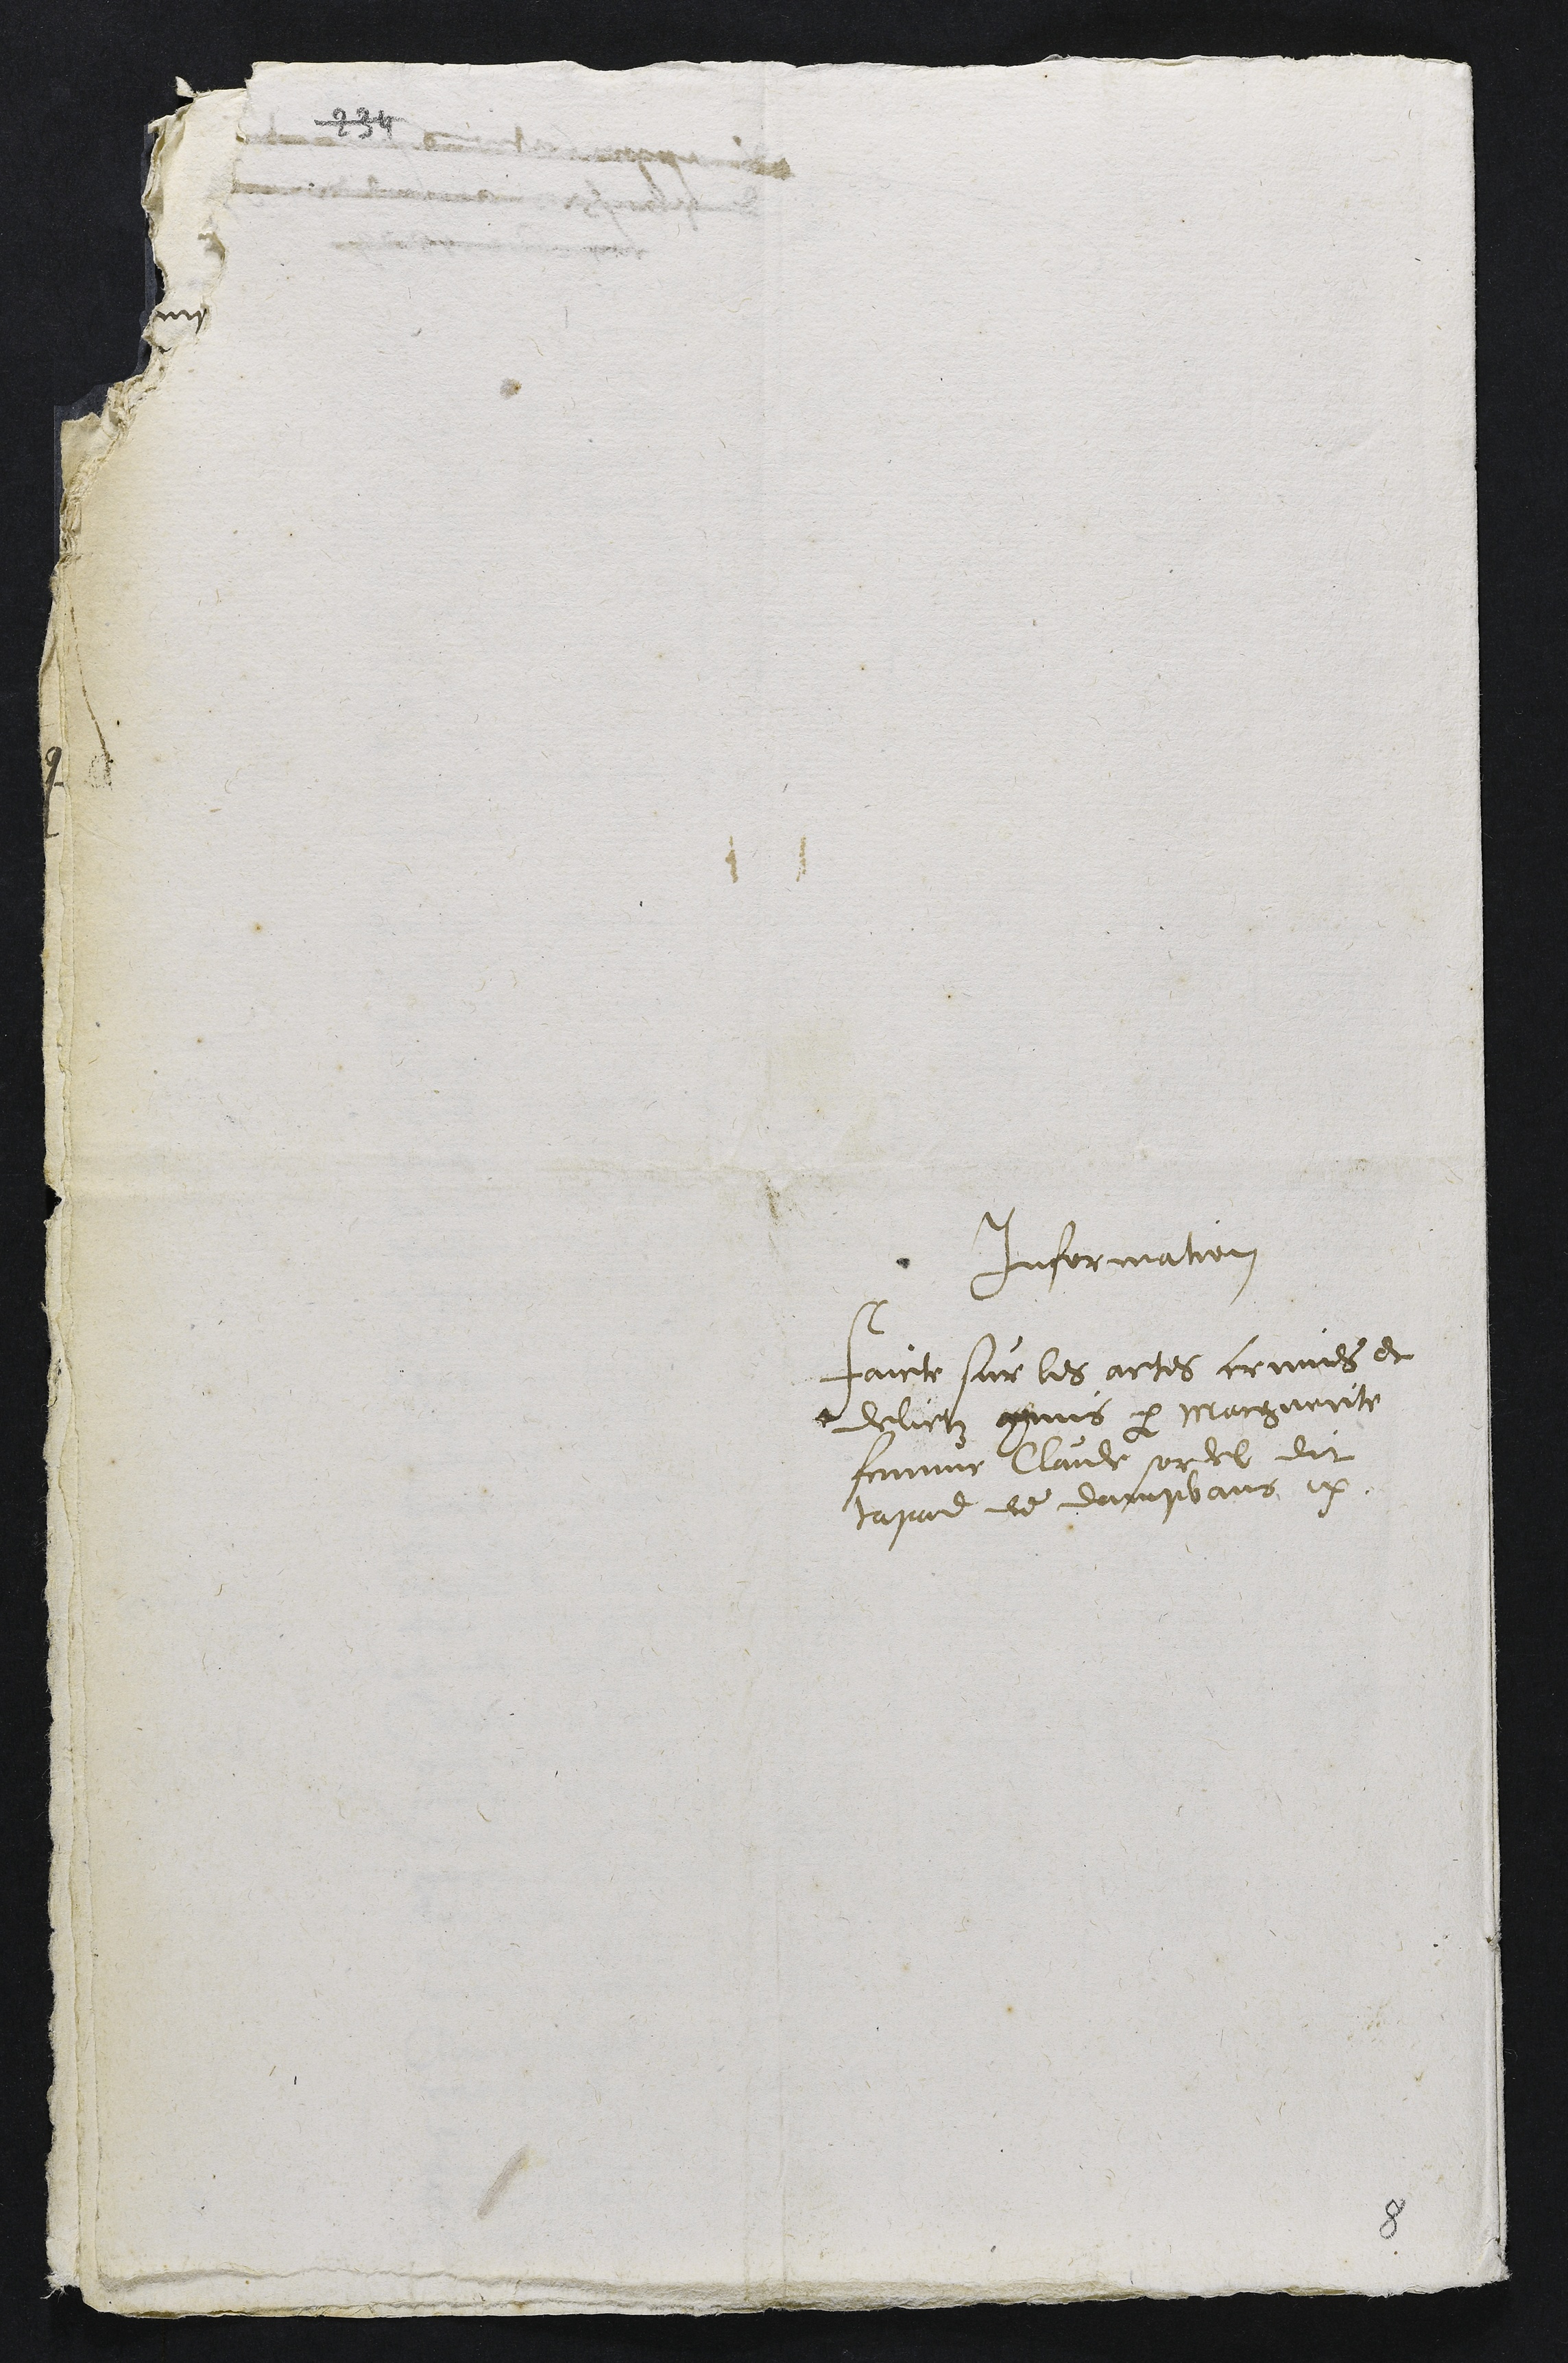
Information
faicte sur les actes crimes et
delictz cmis par Marguerite
femme Claude sordel dit
tapue de dampvans ix.